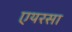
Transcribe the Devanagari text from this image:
एयरसा